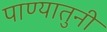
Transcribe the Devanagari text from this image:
पाण्यातुनी